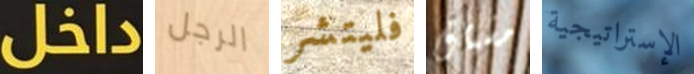
داخل الرجل فليتشر مشتاق الإستراتيجية